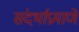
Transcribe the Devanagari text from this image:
संदर्भाप्रमाणे